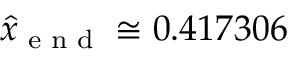
\hat { x } _ { { \scriptsize \mathrm { ~ e ~ n ~ d ~ } } } \cong 0 . 4 1 7 3 0 6